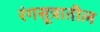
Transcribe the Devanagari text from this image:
रंगसूत्रातील